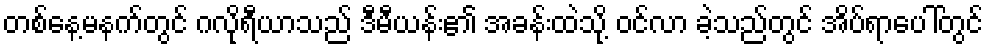
တစ်နေ့မနက်တွင် ဂလိုရီယာသည် ဒီမီယန်း၏ အခန်းထဲသို့ ဝင်လာ ခဲ့သည်တွင် အိပ်ရာပေါ်တွင်